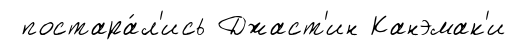
постара́л'ись Джаст'ин Канэмак'и